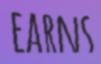
EARNS